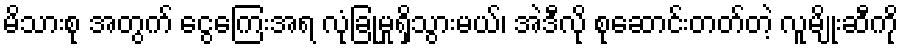
မိသားစု အတွက် ငွေကြေးအရ လုံခြုံမှုရှိသွားမယ်၊ အဲဒီလို စုဆောင်းတတ်တဲ့ လူမျိုးဆီကို